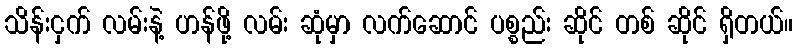
သိန်းငှက် လမ်းနဲ့ ဟန်ဖို့ လမ်း ဆုံမှာ လက်ဆောင် ပစ္စည်း ဆိုင် တစ် ဆိုင် ရှိတယ်။